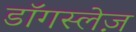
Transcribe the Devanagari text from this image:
डॉगस्लेज़